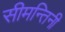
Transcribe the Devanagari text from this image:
सीमन्तिनी